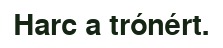
Harc a trónért.